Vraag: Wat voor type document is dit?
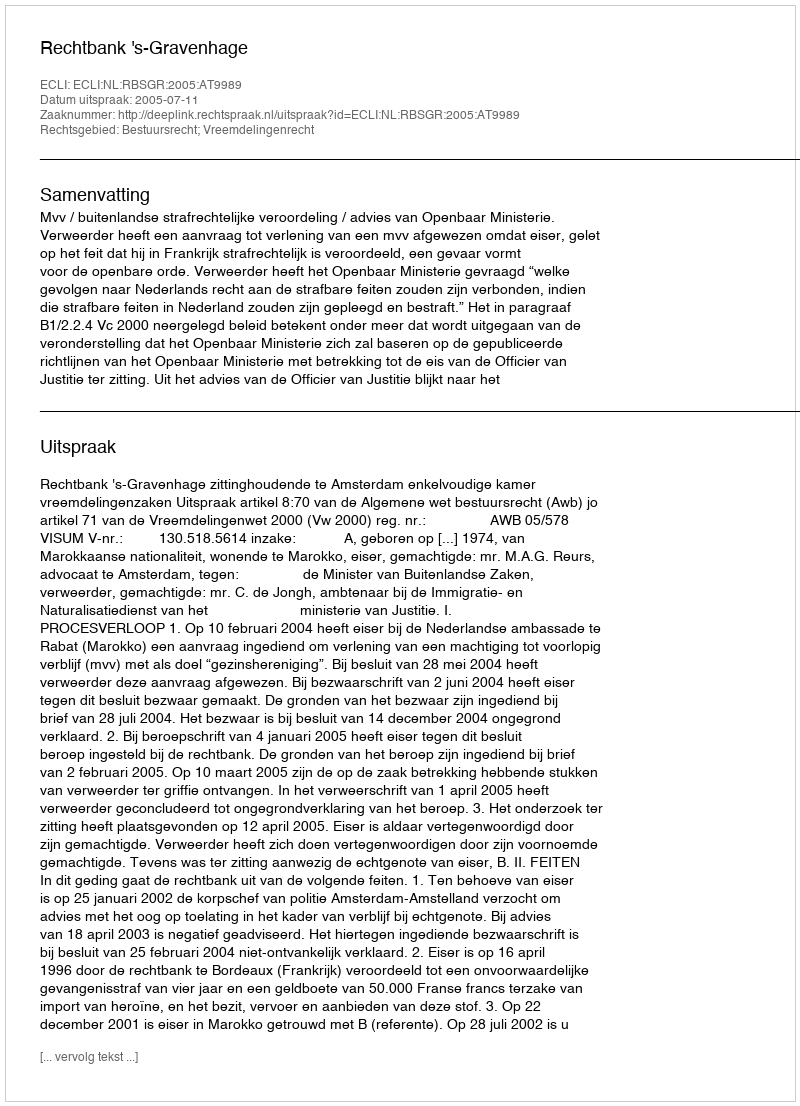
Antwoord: Uitspraak